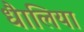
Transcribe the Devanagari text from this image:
धैालिया